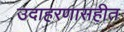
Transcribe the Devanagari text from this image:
उदाहरणासहीत